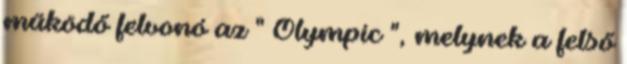
működő felvonó az " Olympic ", melynek a felső